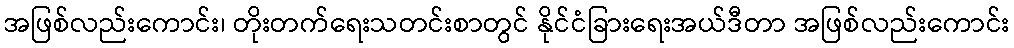
အဖြစ်လည်းကောင်း၊ တိုးတက်ရေးသတင်းစာတွင် နိုင်ငံခြားရေးအယ်ဒီတာ အဖြစ်လည်းကောင်း